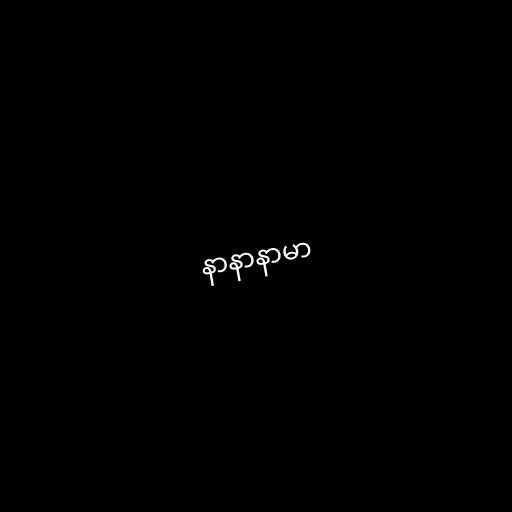
နာနာနာမာ